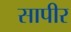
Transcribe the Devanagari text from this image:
सापीर